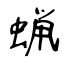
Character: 蝋